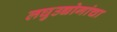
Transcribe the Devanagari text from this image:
लघुउद्योगांचा